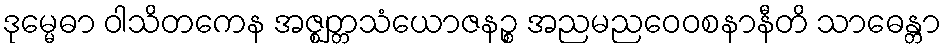
ဒုမ္မေဓာ ဝါသိတကေန အဇ္ဈတ္တသံယောဇနဉ္စ အညမညဝေဝစနာနီတိ သာဓေန္တာ